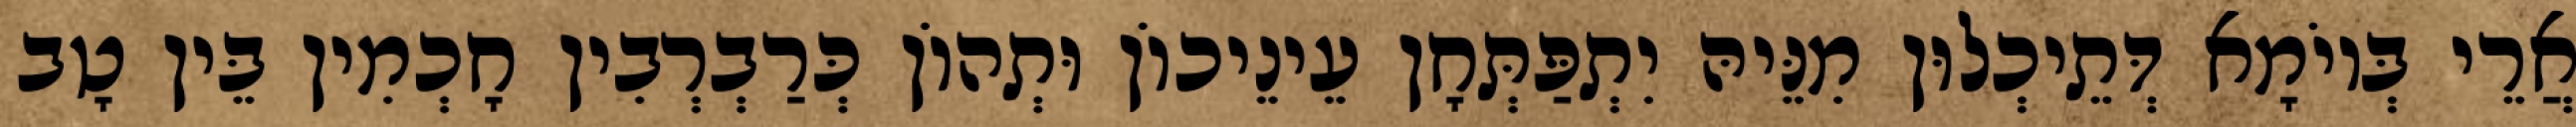
אֲרֵי בְּיוֹמָא דְּתֵיכְלוּן מִנֵּיהּ יִתְפַּתְּחָן עֵינֵיכוֹן וּתְהוֹן כְּרַבְרְבִין חָכְמִין בֵּין טָב